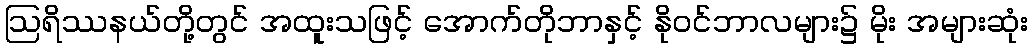
ဩရိဿနယ်တို့တွင် အထူးသဖြင့် အောက်တိုဘာနှင့် နိုဝင်ဘာလများ၌ မိုး အများဆုံး